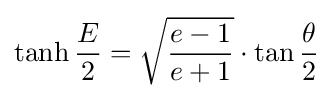
\tanh {\frac {E}{2}}={\sqrt {\frac {e-1}{e+1}}}\cdot \tan {\frac {\theta }{2}}